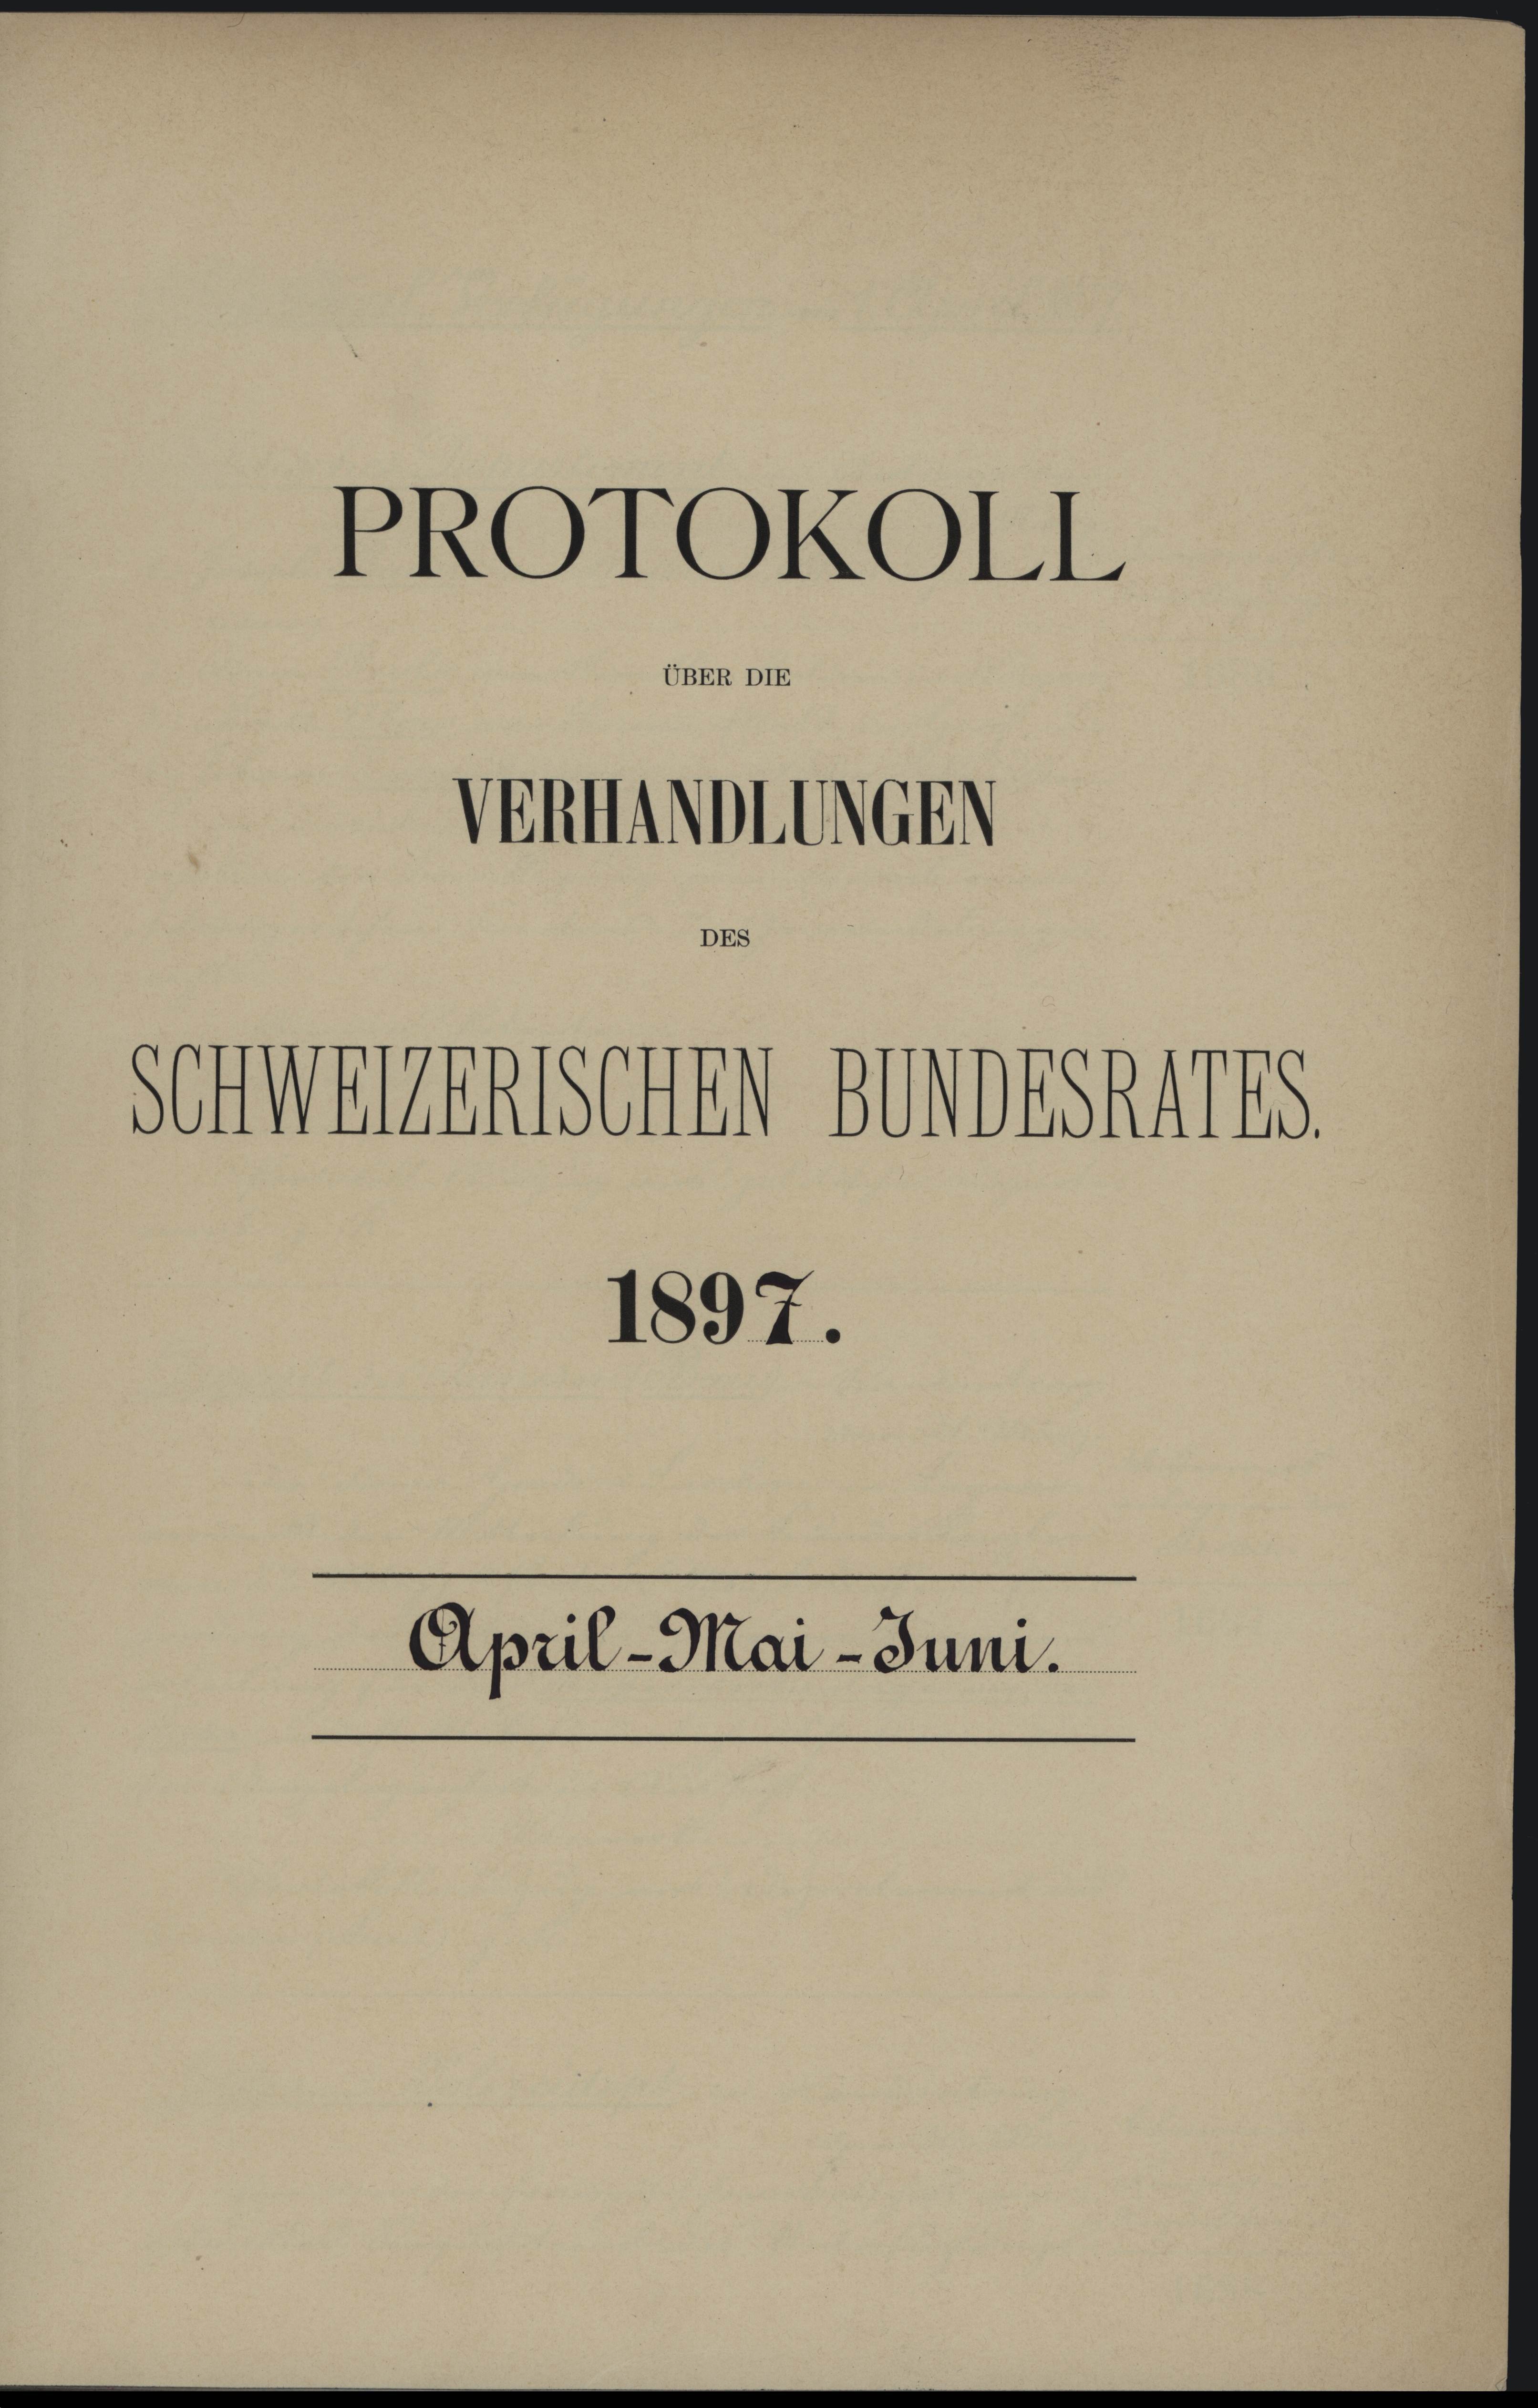
PROTOKOLL
Venmitte
Schweressenen Bundessungs
1897.
April - Mai- Juni.

UBER DIE

DE